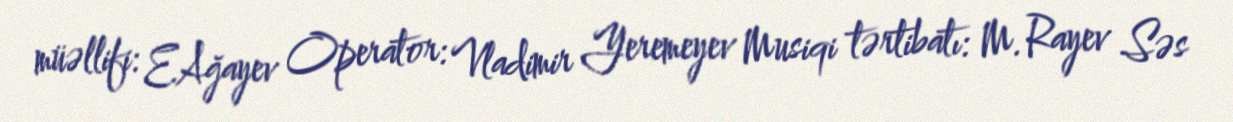
müəllifi: E.Ağayev Operator: Vladimir Yeremeyev Musiqi tərtibatı: M.Rayev Səs